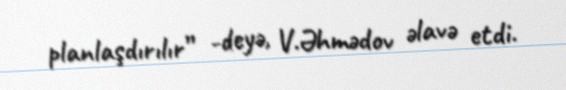
planlaşdırılır” -deyə, V.Əhmədov əlavə etdi.